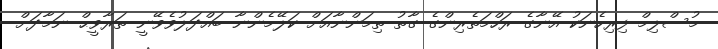
މުސްލިމް ފިރިހެނަކު އޭނާގެ ރަހްމަތެރިންގެ ގާތު ތިމަންނާއަށް ކަލޭމެންނާ ބައްދަލުވެވޭނީ ތަރާވީޙް ނަމާދަށް